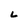
Character: L